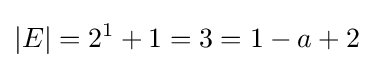
|E|=2^{1}+1=3=1-a+2